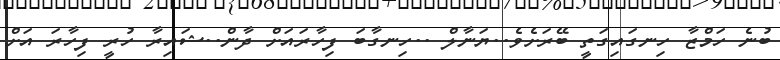
ބުނެ ހަމްޒާ ހިނގައިގަތީ ބޭރަށެވެ..ޔަނާލް ..ހިނގާބަ ފިހާރައަށް ދާން..ޝައިރާ ހުރީ ފިހާރަ އަށް